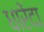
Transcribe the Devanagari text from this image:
धारेंदा